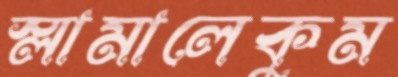
স্লামালেকুম